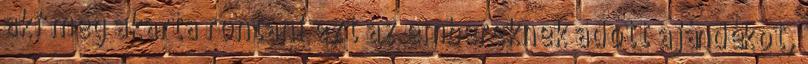
aki meg akarta rontani ezt az embereknek adott ajándékot,